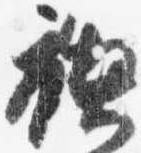
禊